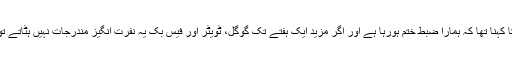
جرمن کے ممتاز اخبار ’ڈیر اشپیگل‘ سے بات کرتے ہوئے والکرکا کہنا تھا کہ ہمارا ضبط ختم ہورہا ہے اور اگر مزید ایک ہفتے تک گوگل، ٹویٹر اور فیس بک یہ نفرت انگیز مندرجات نہیں ہٹاتے تو ان پر 50 ہزار یوریو (54 ہزار ڈالر) کا جرمانہ عائد ہونا چاہیے۔